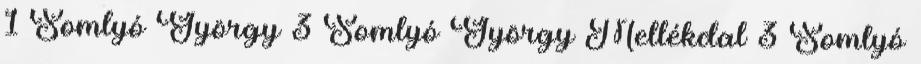
1 Somlyó György 3 Somlyó György Mellékdal 3 Somlyó